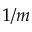
1 / m